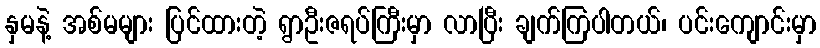
နှမနဲ့ အစ်မများ ပြင်ထားတဲ့ ရွာဦးဇရပ်ကြီးမှာ လာပြီး ချက်ကြပါတယ်၊ ပင်းကျောင်းမှာ